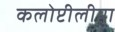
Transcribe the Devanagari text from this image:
कलोप्टीलीया